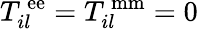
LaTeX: T_{il}^{\, \mathrm{ee}}=T_{il}^{\, \mathrm{mm}}=0